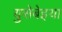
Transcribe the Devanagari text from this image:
युसेबेइया